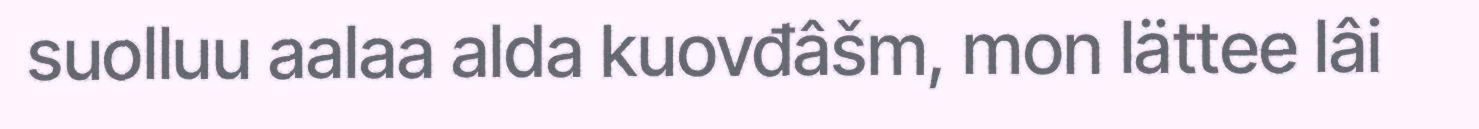
suolluu aalaa alda kuovđâšm, mon lättee lâi